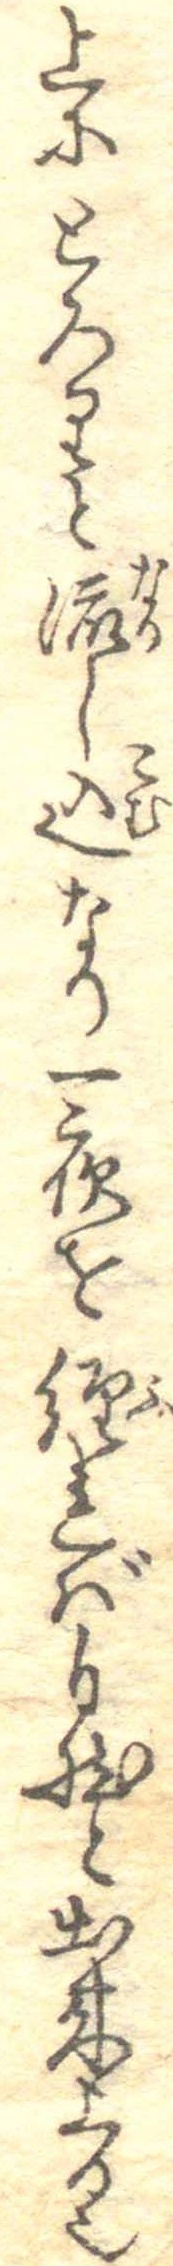
上にとろりと流し込なり一夜を経れば自然と出来上る也